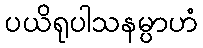
ပယိရုပါသနမ္ပာဟံ